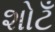
શોટઁ